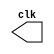
// ------------------------- 
// Exemplo0041  CLOCK
// Nome: Andr Henriques Fernandes
// ------------------------- 

// --------------------------- 
// -- test clock generator (1) 
// --------------------------- 
 
module clock ( clk ); 
 output clk; 
 reg      clk; 
 
 initial 
  begin 
   clk = 1'b0; 
  end 
 
 always 
  begin 
   #12 clk = ~clk; 
  end 
 
endmodule // clock ( ) 
 
module Exemplo0041; 
 
 wire  clk; 
 clock CLK1 ( clk ); 
 
 initial begin 
  $dumpfile ( "D:\Meus Documentos\Desktop\Guias\Guia 06\Exemplo0041.vcd" ); 
  $dumpvars; 
 
  #120 $finish; 
 end 
 
endmodule // Exemplo041 ( )